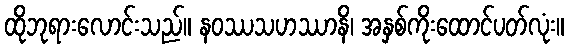
ထိုဘုရားလောင်းသည်။ နဝဿသဟဿာနိ၊ အနှစ်ကိုးထောင်ပတ်လုံး။